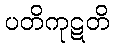
ပတိကုဋတိ